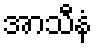
အာသီနံ